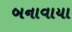
બનાવાયા